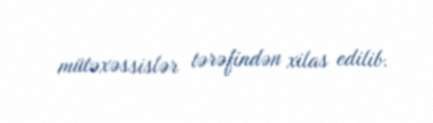
mütəxəssislər tərəfindən xilas edilib.